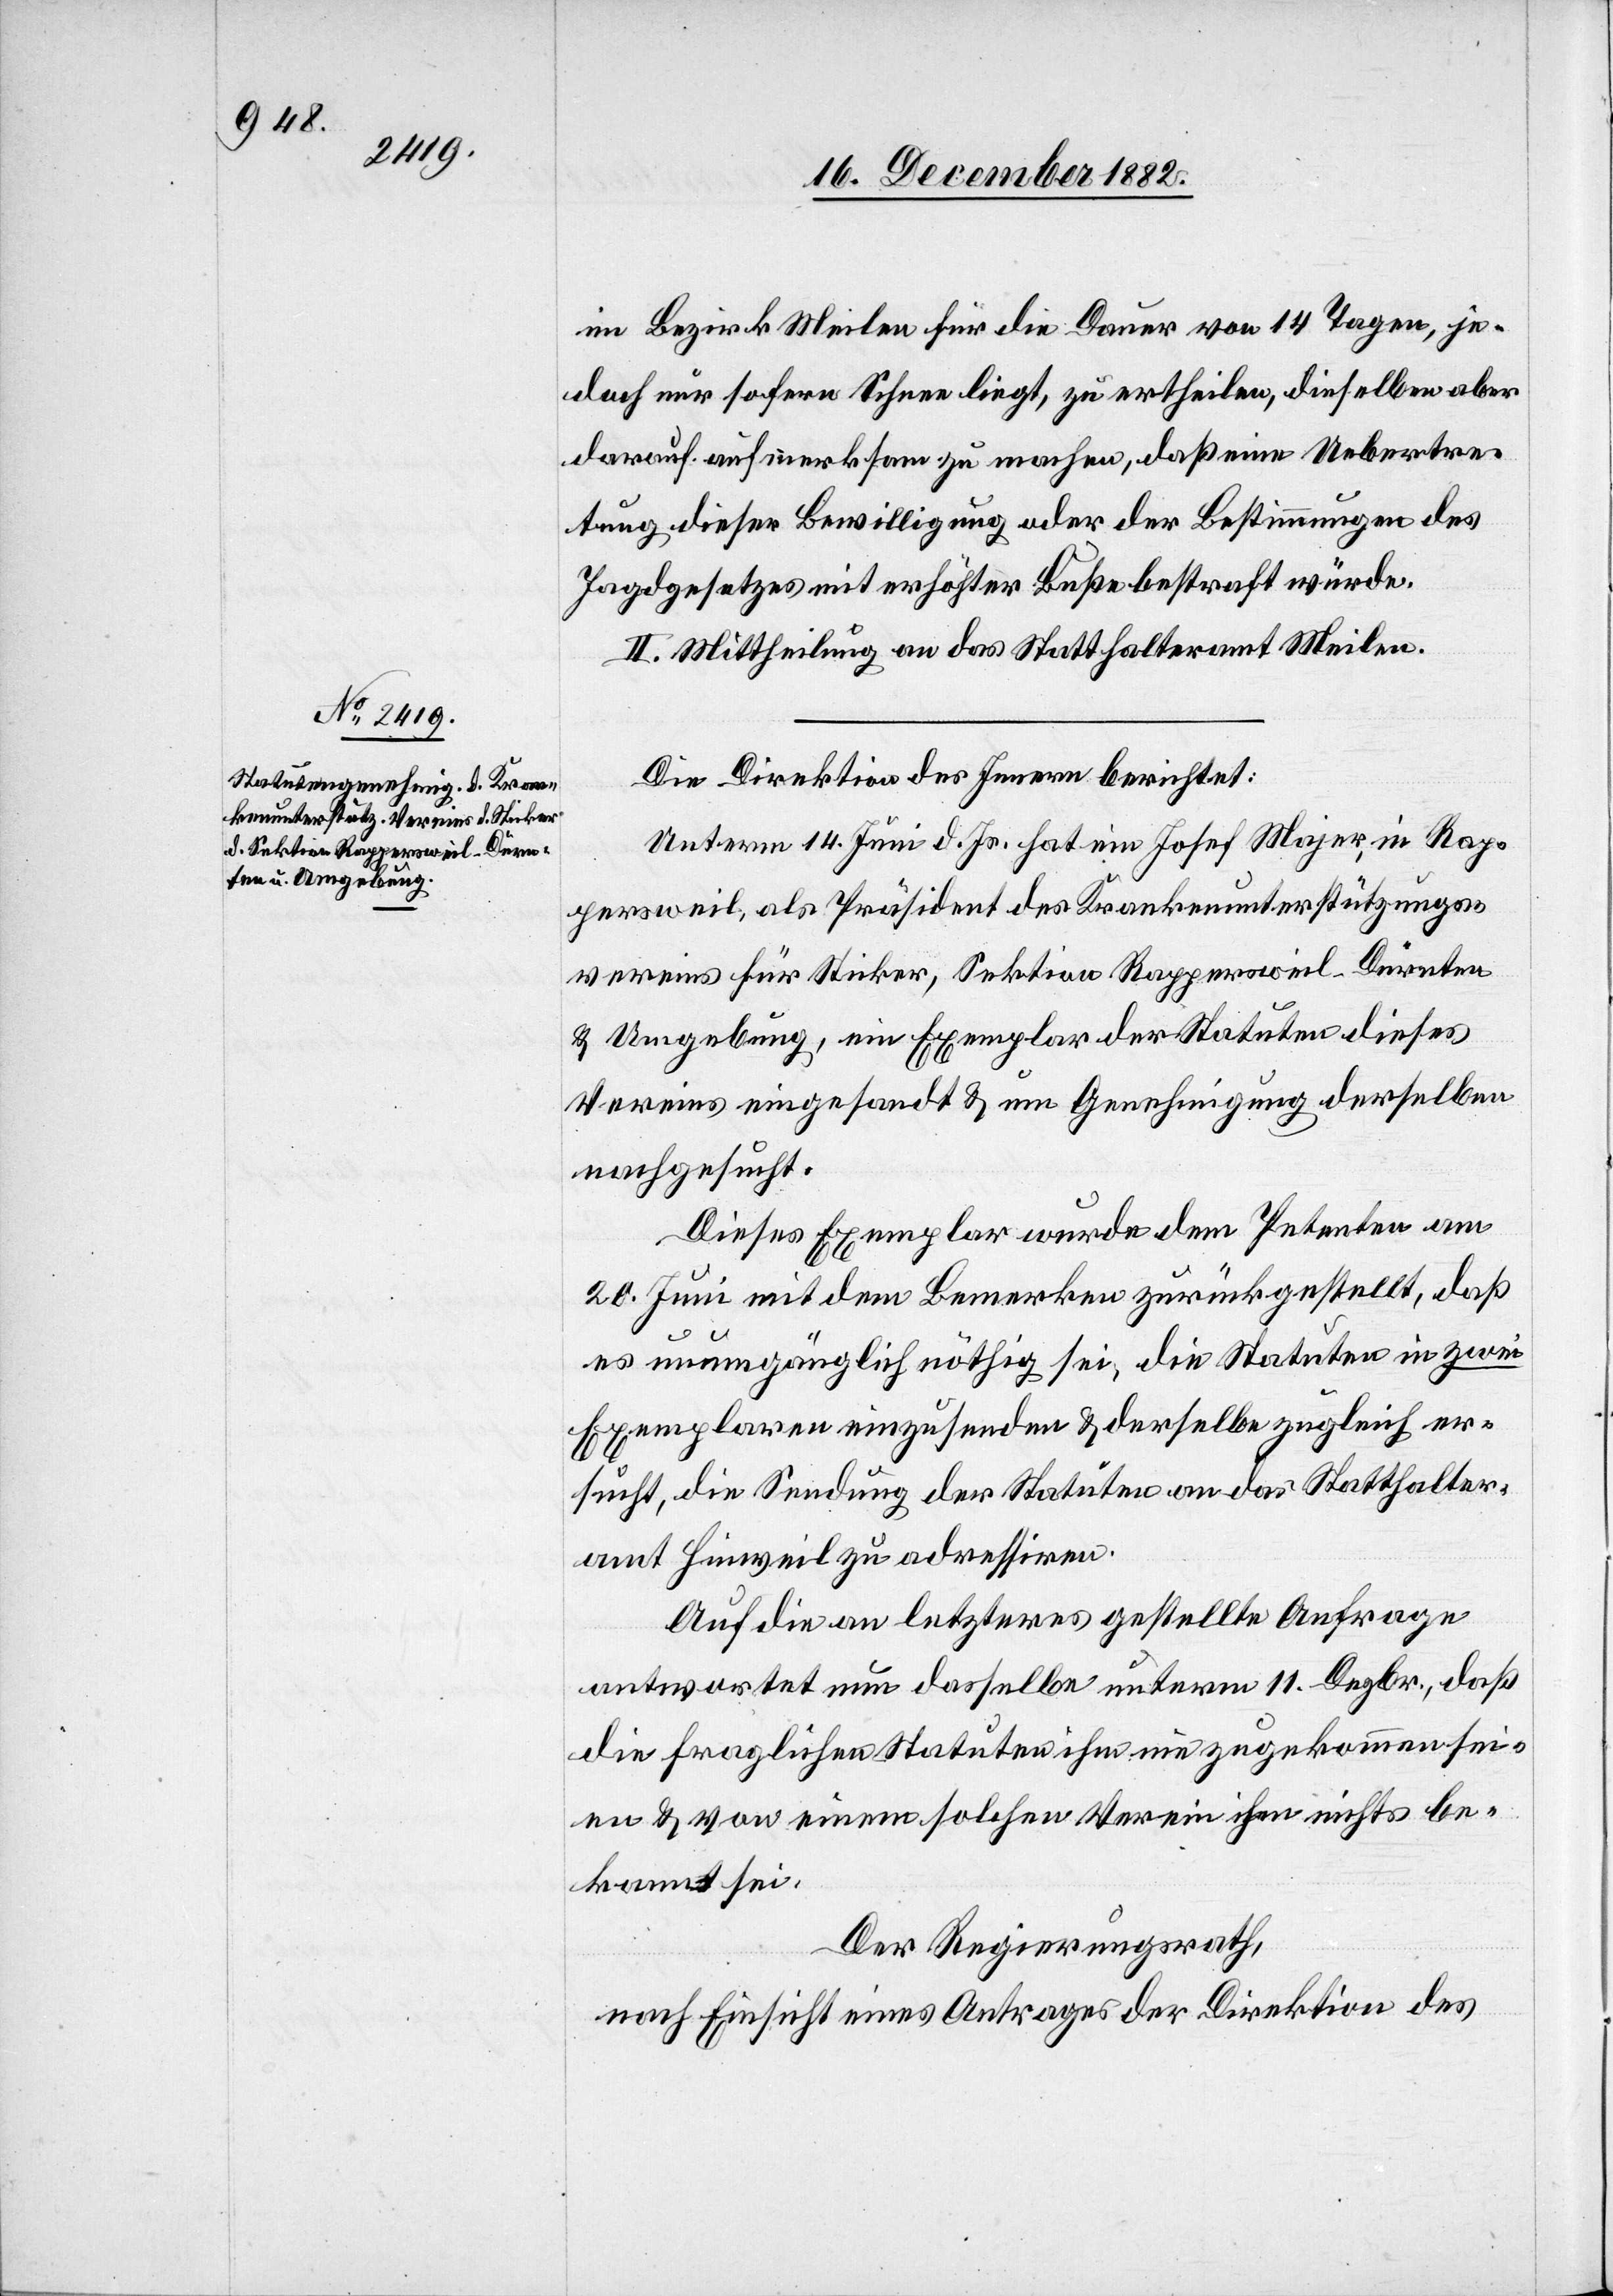
im Bezirk Meilen für die Dauer von 14 Tagen, je¬
doch nur sofern Schnee liegt, zu ertheilen, dieselben aber
darauf aufmerksam zu machen, daß eine Uebertre¬
tung dieser Bewilligung oder der Bestimmungen des
Jagdgesetzes mit erhöhter Buße bestraft würde.
II. Mittheilung an das Statthalteramt Meilen.
Die Direktion des Innern berichtet:
Unterm 14. Juni d. Js. hat ein Josef Majer, in Rap¬
persweil, als Präsident des Krankenunterstützungs¬
vereins für Sticker, Sektion Rappersweil-Dürnten
& Umgebung, ein Exemplar der Statuten dieses
Vereins eingesandt & um Genehmigung derselben
nachgesucht.
Dieses Exemplar wurde dem Petenten am
20. Juni mit dem Bemerken zurückgestellt, daß
es unumgänglich nöthig sei, die Statuten in zwei
Exemplaren einzusenden & derselbe zugleich er¬
sucht, die Sendung der Statuten an das Statthalter¬
amt Hinweil zu adressiren.
Auf die an letzteres gestellte Anfrage
antwortet nun dasselbe unterm 11. Dezbr., daß
die fraglichen Statuten ihm nie zugekommen sei¬
en & von einem solchen Verein ihm nichts be¬
kannt sei.
Der Regierungsrath,
nach Einsicht eines Antrages der Direktion des